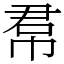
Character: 帬